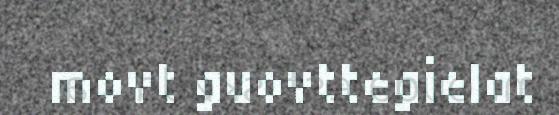
movt guovttegielat